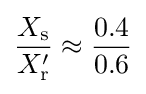
{\frac {X_{\text{s}}}{X_{\text{r}}'}}\approx {\frac {0.4}{0.6}}